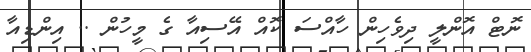
ނޮޓް އޮންލީ ދިވެހިން ހާއްސަ ކޮއް އޭސިއާ ގެ މީހުން .. އިންޑިއާ